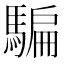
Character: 騙